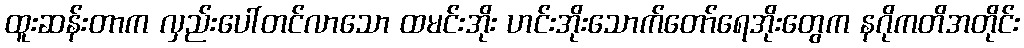
ထူးဆန်းတာက လှည်းပေါ်တင်လာသော ထမင်းအိုး ဟင်းအိုးသောက်တော်ရေအိုးတွေက နဂိုကတိအတိုင်း